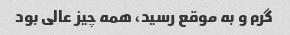
گرم و به موقع رسید، همه چیز عالی بود